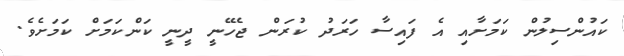
ކައުންސިލުން ކަމަށާއި އެ ފައިސާ ހަރަދު ކުރަން ޖެހޭނީ ދީނީ ކަންކަމަށް ކަމަށެވެ.